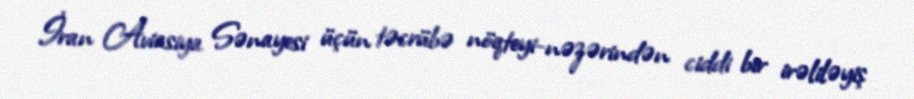
İran Aviasiya Sənayesi üçün təcrübə nöqteyi-nəzərindən ciddi bir irəliləyiş